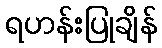
ရဟန်းပြုချိန်